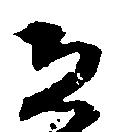
恐